Indian journal of veterinary science and animal husbandry - Volumes 24-25, 1954-1955
Year: 1954
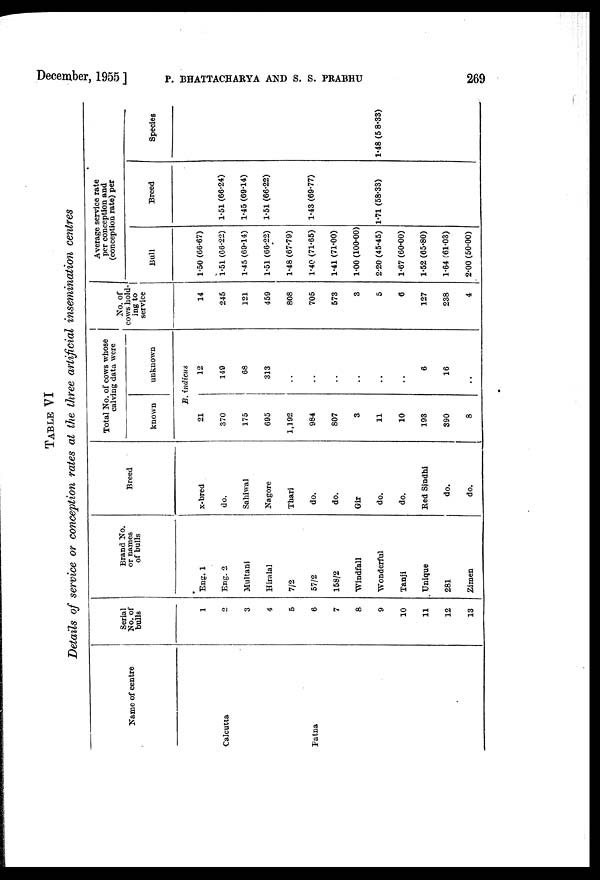
December, 1955]
P.
BHATTACHARYA
AND
S.
S.
PRABHU
269
TABLE VI
Details of service or conception rates at the three artificial insemination centres
Name of centre
Calcutta
Patna
Serial
No. of
bulls
1
2
3
4
5
6
7
8
9
10
11
12
13
Brand No.
or names
of bulls
Eng. 1
Eng. 2
Multani
Hiralal
7/2
57/2
158/2
Windfall
Wonderful
Tanji
Unique
281
Zimen
Breed
x-bred
do.
Sahiwal
Nagore
Thari
do.
do.
Gir
do.
do.
Red Sindhi
do.
do.
Total No. of cows whose
calving data were
known
unknown
B. indicus
21
370
175
695
1,192
984
807
3
11
10
193
390
8
12
149
68
313
..
..
..
..
..
..
6
16
..
No. of
cows hold-
ing to
service
14
245
121
459
808
705
573
3
5
6
127
238
4
Average service rate
per conception and
(conception rate) per
Bull
1.50 (66.67)
1.51 (66.22)
1.45 (69.14)
1.51 (66.22)
1.48 (67.79)
1.40 (71.65)
1.41 (71.00)
1.00 (100.00)
2.20 (45.45)
1.67 (60.00)
1.52 (65.80)
1.64 (61.03)
2.00 (50.00)
Breed
1.51 (66.24)
1.45 (69.14)
1.51 (66.22)
1.43 (69.77)
1.71 (58.33)
Species
1.48 (5 8.33)